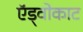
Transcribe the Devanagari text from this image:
ऍड्वोकाट